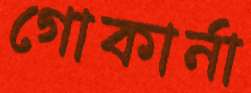
গোকার্না